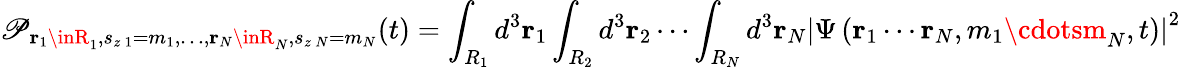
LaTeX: \mathscr{P}_{\mathbf{{r}}_{1}\inR_{1},s_{z\, 1}=m_{1},\ldots,\mathbf{{r}}_{N}\inR_{N},s_{z\, N}=m_{N}}(t)=\int_{R_{1}}d^{3}\mathbf{{r}}_{1}\int_{R_{2}}d^{3}\mathbf{{r}}_{2}\cdots\int_{R_{N}}d^{3}\mathbf{{r}}_{N}\left|\Psi\left(\mathbf{{r}}_{1}\cdots\mathbf{{r}}_{N},m_{1}\cdotsm_{N},t\right)\right|^{2}